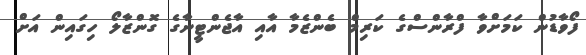
ފޯވާޑުން ކަމަށްވާ ފްރާންސްގެ ކަރިމް ބެންޒެމާ އާއި އާޖެންޓީނާގެ ގޮންޒާލޯ ހިގައިން އަށް